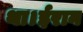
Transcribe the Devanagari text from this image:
था।ईरान